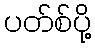
ပတ်စ်ပို့